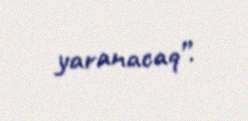
yaranacaq”.